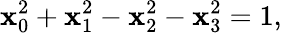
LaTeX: \mathbf{x}_{0}^{2}+\mathbf{x}_{1}^{2}-\mathbf{x}_{2}^{2}-\mathbf{x}_{3}^{2}=1,